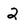
Character: 2